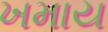
ખમાય